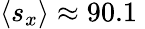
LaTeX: \left\langle s_{x}\right\rangle\approx 90.1\